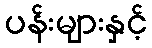
ပန်းများနှင့်